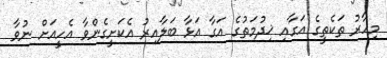
މިހާރު ތަކެތީގެ އަގާއި ޚިދުމަތުގެ އަގާ އަޅާ ބަލާއިރު އެކަށީގެންވާ އެހީއަށް ނުވާ